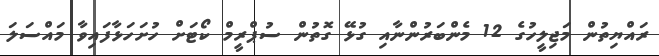
ރައްޔިތުން މަޖިލީހުގެ 12 މެންބަރުންނާއި ގުޅޭ ގޮތުން ސުޕްރީމް ކޯޓަށް ހުށަހަޅާފައިވާ މައްސަލަ